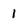
Character: 1